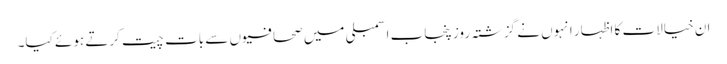
ان خیالات کا اظہار انہوں نے گزشتہ روز پنجاب اسمبلی میں صحافیوں سے بات چیت کرتے ہوئے کیا۔